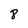
Character: 8